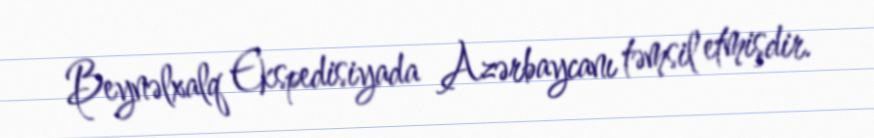
Beynəlxalq Ekspedisiyada Azərbaycanı təmsil etmişdir.